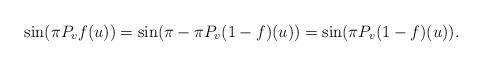
LaTeX: \begin{align*}\sin(\pi P_v f(u))&=\sin(\pi-\pi P_v (1-f)(u))=\sin(\pi P_v (1-f)(u)).\end{align*}